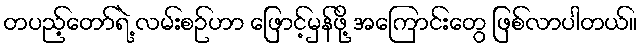
တပည့်တော်ရဲ့ လမ်းစဉ်ဟာ ဖြောင့်မှန်ဖို့ အကြောင်းတွေ ဖြစ်လာပါတယ်။